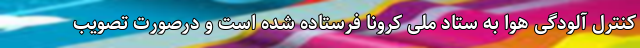
کنترل آلودگی هوا به ستاد ملی کرونا فرستاده شده است و درصورت تصویب